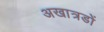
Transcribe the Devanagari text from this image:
अखात्रडों